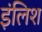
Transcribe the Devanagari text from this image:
इंलिश